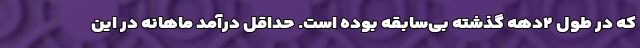
که در طول ۲دهه گذشته بی‌سابقه بوده است. حداقل درآمد ماهانه در این